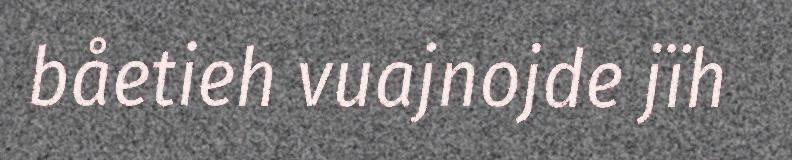
båetieh vuajnojde jïh